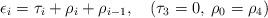
LaTeX: \begin{align*}\epsilon_i = \tau_i + \rho_i + \rho_{i-1}, \quad (\tau_3 =0 ,\: \rho_0 = \rho_4)\end{align*}